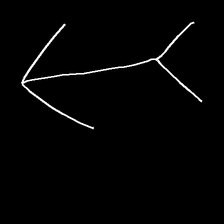
Glyph: gather